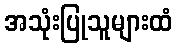
အသုံးပြုသူများထံ